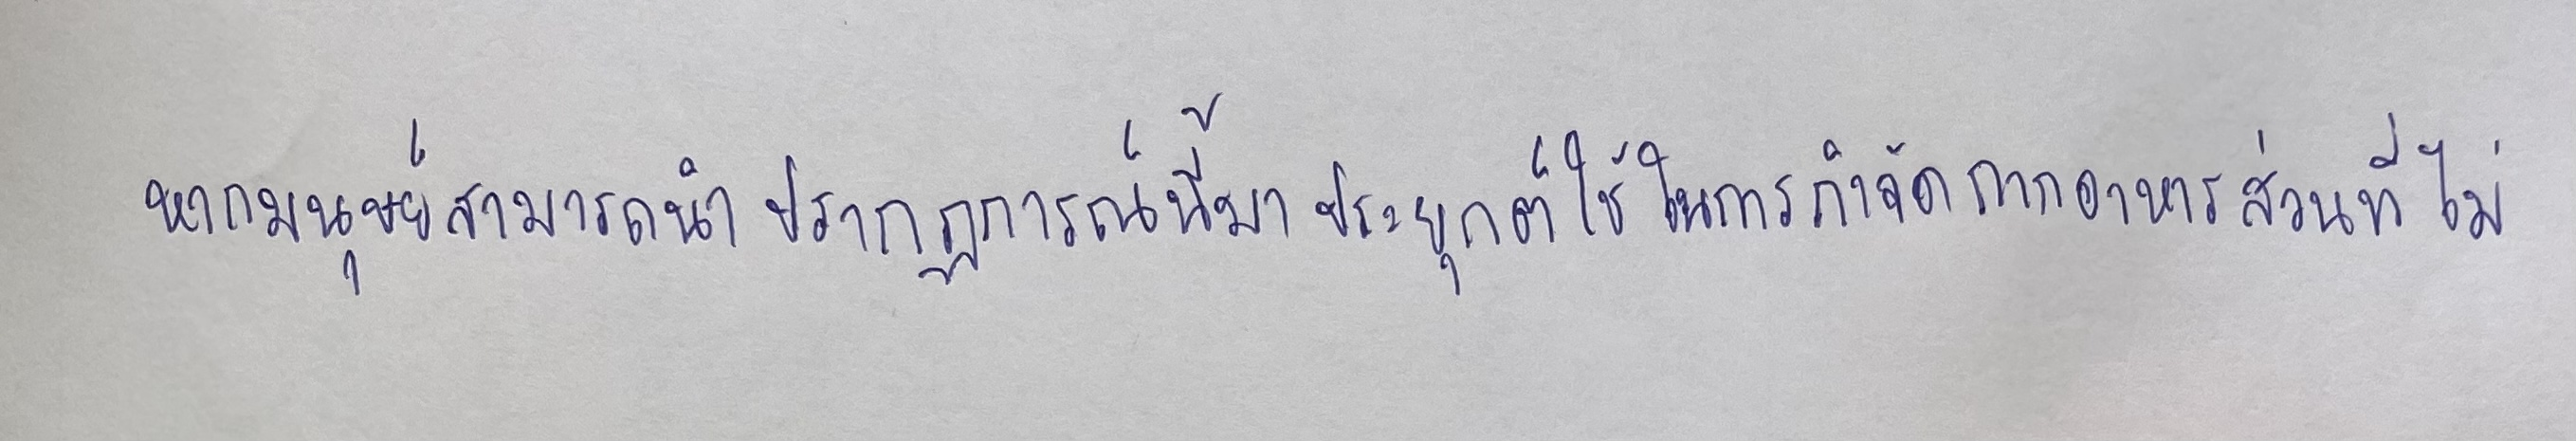
หากมนุษย์สามารถนำปรากฏการณ์นี้มาประยุกต์ใช้ในการกำจัดกากอาหารส่วนที่ไม่